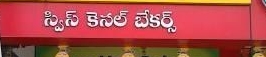
Language: telugu
Transcription: స్విస్ కెనల్ బేకర్స్